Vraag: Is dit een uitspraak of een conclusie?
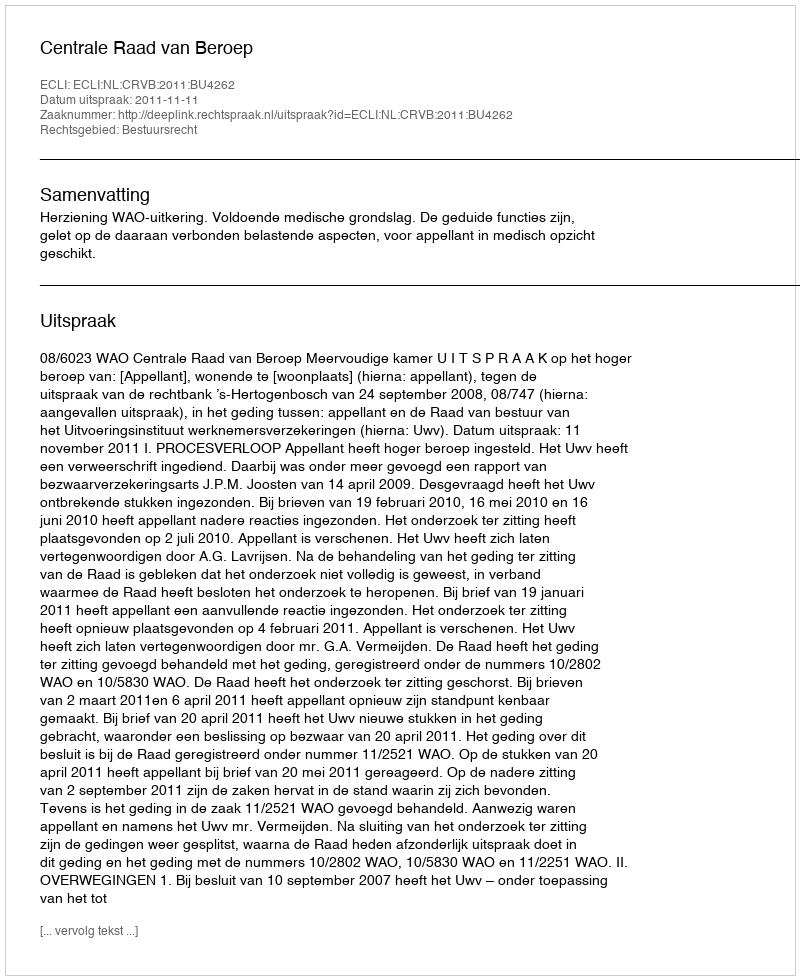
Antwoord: Uitspraak